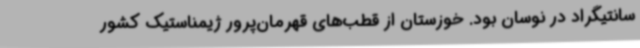
سانتیگراد در نوسان بود. خوزستان از قطب‌های قهرمان‌پرور ژیمناستیک کشور